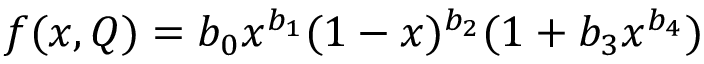
f ( x , Q ) = b _ { 0 } x ^ { b _ { 1 } } ( 1 - x ) ^ { b _ { 2 } } ( 1 + b _ { 3 } x ^ { b _ { 4 } } )